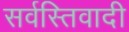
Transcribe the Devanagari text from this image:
सर्वस्तिवादी